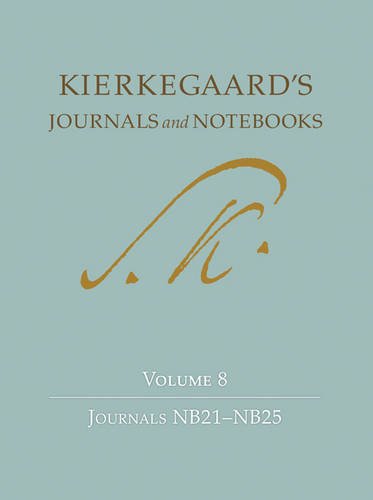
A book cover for Kierkegaard's Journals and Notebooks, Volume 8: Journals NB21-NB25; SÃ¸ren Kierkegaard; Literature & Fiction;